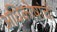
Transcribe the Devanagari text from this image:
अधिकोषांची